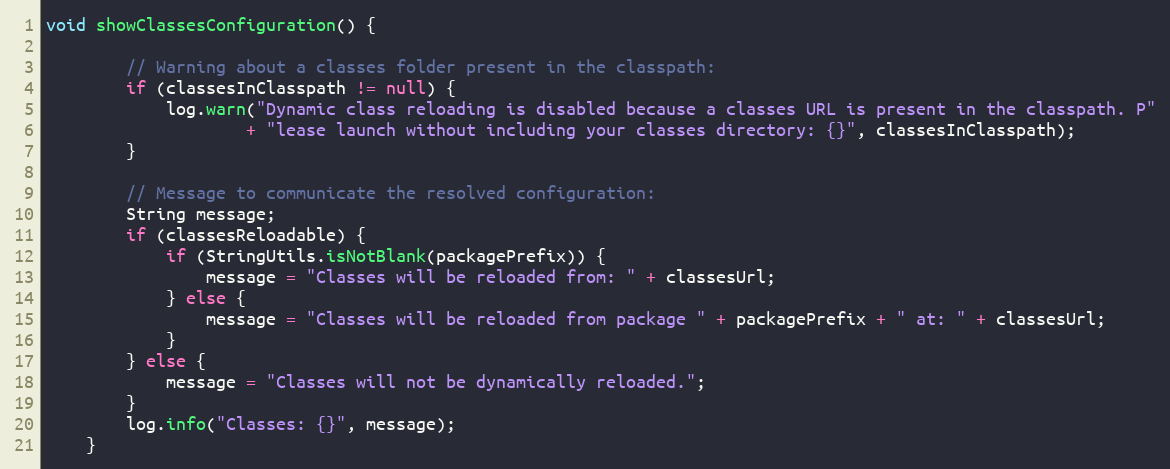
Language: Java
void showClassesConfiguration() {

        // Warning about a classes folder present in the classpath:
        if (classesInClasspath != null) {
            log.warn("Dynamic class reloading is disabled because a classes URL is present in the classpath. P"
                    + "lease launch without including your classes directory: {}", classesInClasspath);
        }

        // Message to communicate the resolved configuration:
        String message;
        if (classesReloadable) {
            if (StringUtils.isNotBlank(packagePrefix)) {
                message = "Classes will be reloaded from: " + classesUrl;
            } else {
                message = "Classes will be reloaded from package " + packagePrefix + " at: " + classesUrl;
            }
        } else {
            message = "Classes will not be dynamically reloaded.";
        }
        log.info("Classes: {}", message);
    }